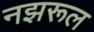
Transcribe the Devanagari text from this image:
नझरूल